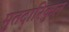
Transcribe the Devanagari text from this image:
मुतदारिकुल